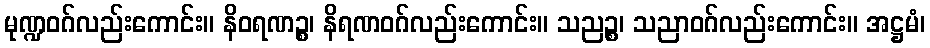
မုဏ္ဍဝဂ်လည်းကောင်း။ နိဝရဏဉ္စ၊ နိရဏဝဂ်လည်းကောင်း။ သညဉ္စ၊ သညာဝဂ်လည်းကောင်း။ အဋ္ဌမံ၊